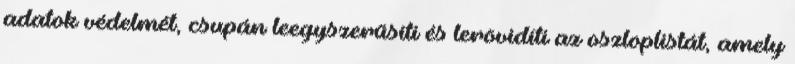
adatok védelmét, csupán leegyszerűsíti és lerövidíti az oszloplistát, amely